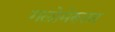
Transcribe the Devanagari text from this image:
गलोमेरुलर